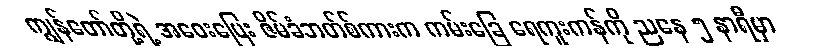
ကျွန်တော်တို့ရဲ့ အဝေးပြေး ဇိမ်ခံဘတ်စ်ကားက ကမ်းခြေ ရေကူးကန်ကို ညနေ ၅ နာရီမှာ